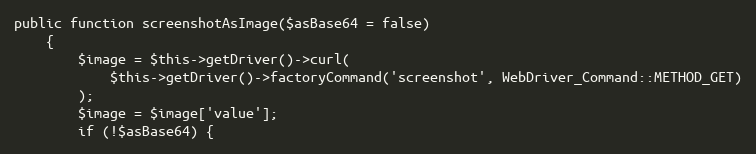
Language: PHP
public function screenshotAsImage($asBase64 = false)
    {
        $image = $this->getDriver()->curl(
            $this->getDriver()->factoryCommand('screenshot', WebDriver_Command::METHOD_GET)
        );
        $image = $image['value'];
        if (!$asBase64) {